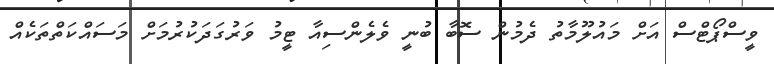
ވީސްޕޯޓްސް އަށް މައުލޫމާތު ދެމުން ސޮބާ ބުނީ ވެލެންސިއާ ޓީމު ވަރުގަދަކުރުމަށް މަސައްކަތްތަކެއް